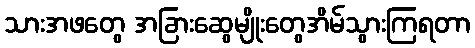
သားအဖတွေ အခြားဆွေမျိုးတွေအိမ်သွားကြရတာ